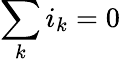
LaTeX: \sum_{k}i_{k}=0